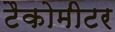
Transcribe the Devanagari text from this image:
टैकोमीटर